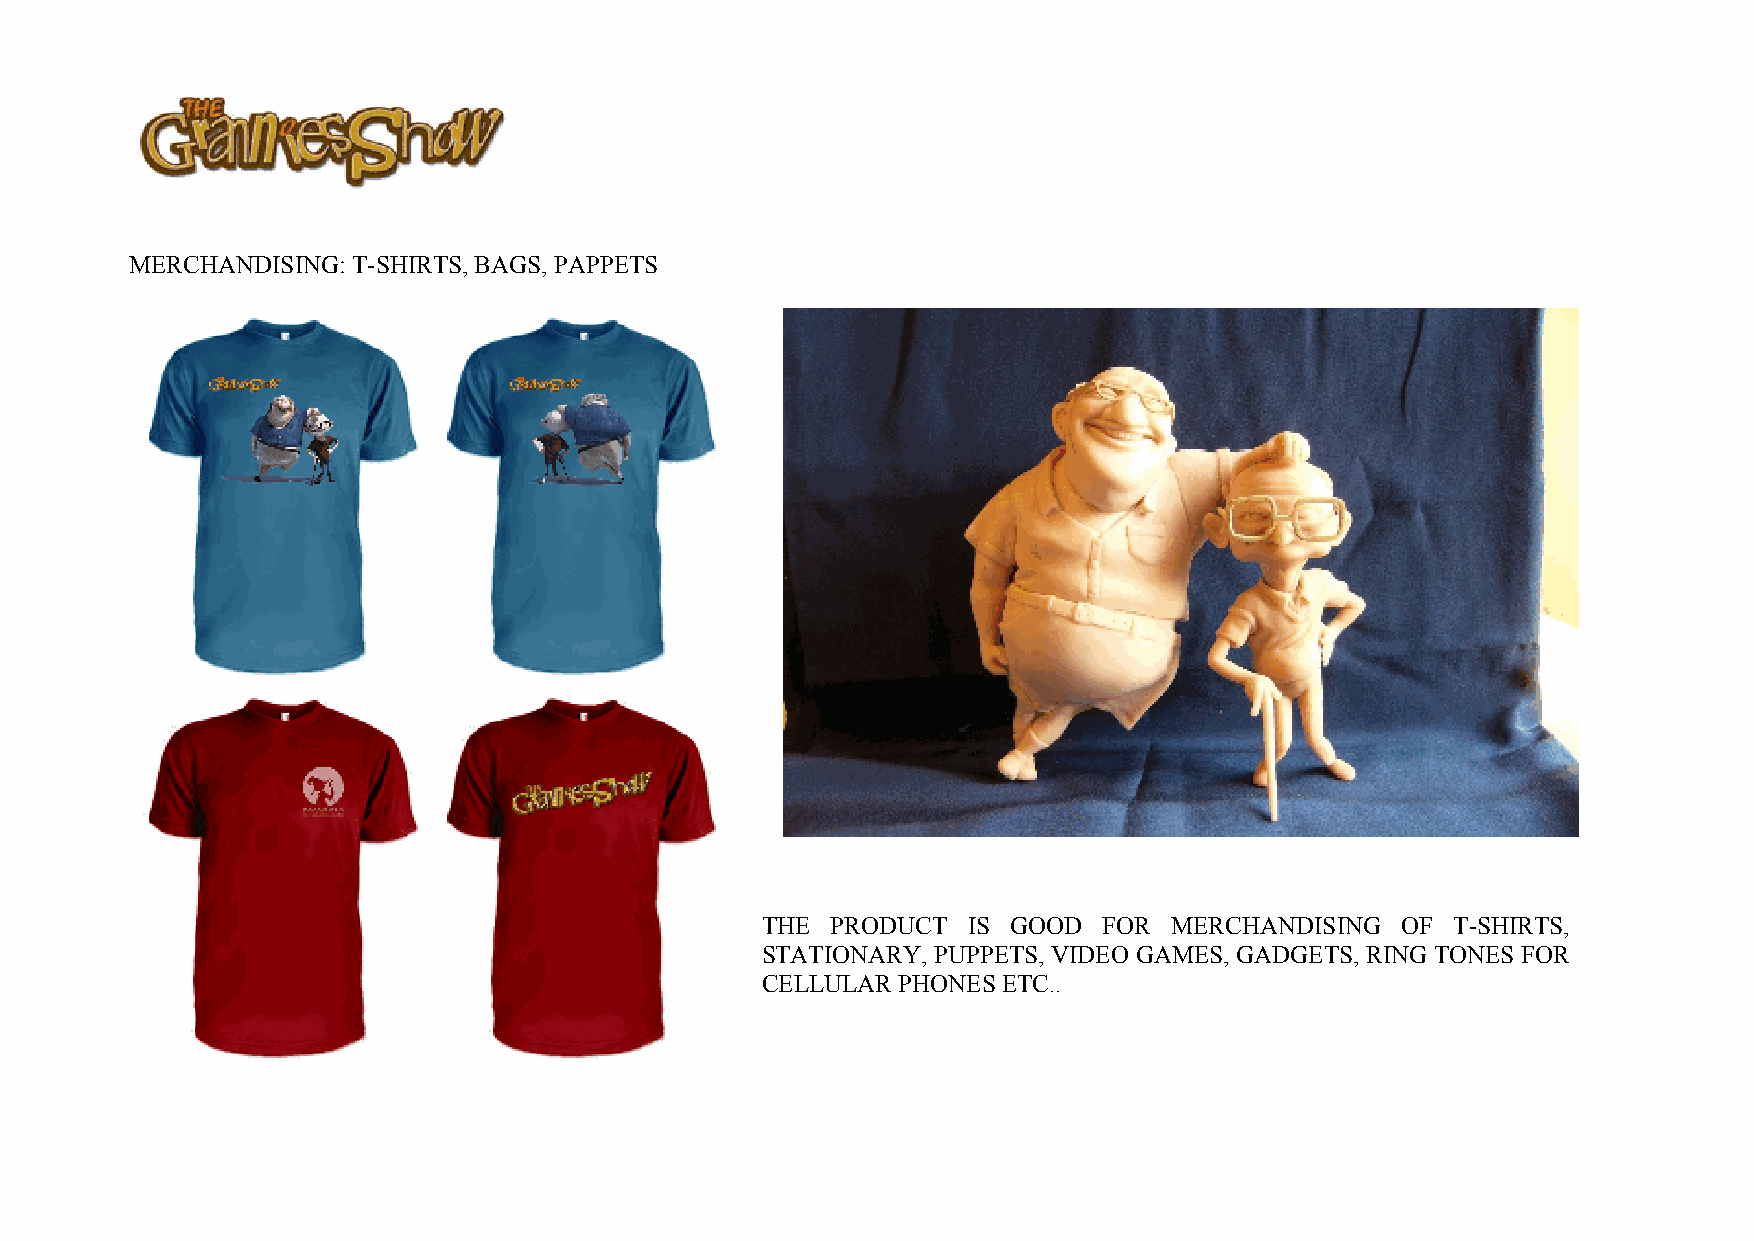
MERCHANDISING: T-SHIRTS, BAGS, PAPPETS
 THE  PRODUCT  IS GOOD  FOR  MERCHANDISING  OF T-SHIRTS,
 STATIONARY, PUPPETS, VIDEO GAMES, GADGETS, RING TONES FOR
 CELLULAR PHONES ETC..